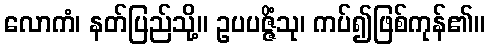
လောကံ၊ နတ်ပြည်သို့။ ဥပပဇ္ဇိံသု၊ ကပ်၍ဖြစ်ကုန်၏။